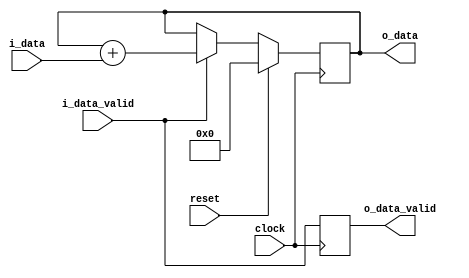
module runningAdd1(
input	clock,
input   reset,
input   [15:0] i_data,
input   i_data_valid,
output  reg [255:0] o_data,
output reg o_data_valid
);

always @(posedge clock)
begin
    if(reset)
       o_data <= 0;
    else if(i_data_valid)
       o_data <= o_data + i_data;
end

always @(posedge clock)
    o_data_valid <= i_data_valid;


endmodule